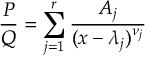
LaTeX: { \frac { P } { Q } } = \sum _ { j = 1 } ^ { r } { \frac { A _ { j } } { ( x - \lambda _ { j } ) ^ { \nu _ { j } } } }